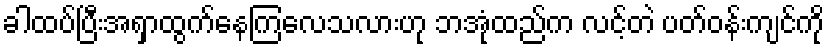
ခါထပ်ပြီးအရှာထွက်နေကြလေသလားဟု ဘအုံထည်က လင့်တဲ ပတ်ဝန်းကျင်ကို